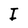
Character: I